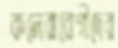
কলেরারোগীদের